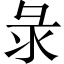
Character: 彔